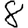
Digit: 8